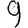
Digit: 9